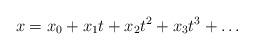
LaTeX: \begin{align*}x = x_0 + x_1 t + x_2 t^2 + x_3 t^3 + \ldots\end{align*}